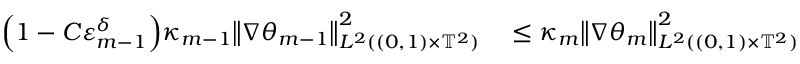
\begin{array} { r l } { \Bigl ( 1 - C \varepsilon _ { m - 1 } ^ { \delta } \Bigr ) \kappa _ { m - 1 } \mathopen { } \mathclose \bgroup \left\| \nabla \theta _ { m - 1 } \aftergroup \egroup \right\| _ { L ^ { 2 } ( ( 0 , 1 ) \times \ensuremath { \mathbb { T } } ^ { 2 } ) } ^ { 2 } } & { { } \leq \kappa _ { m } \mathopen { } \mathclose \bgroup \left\| \nabla \theta _ { m } \aftergroup \egroup \right\| _ { L ^ { 2 } ( ( 0 , 1 ) \times \ensuremath { \mathbb { T } } ^ { 2 } ) } ^ { 2 } } \end{array}